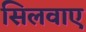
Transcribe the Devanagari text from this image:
सिलवाए